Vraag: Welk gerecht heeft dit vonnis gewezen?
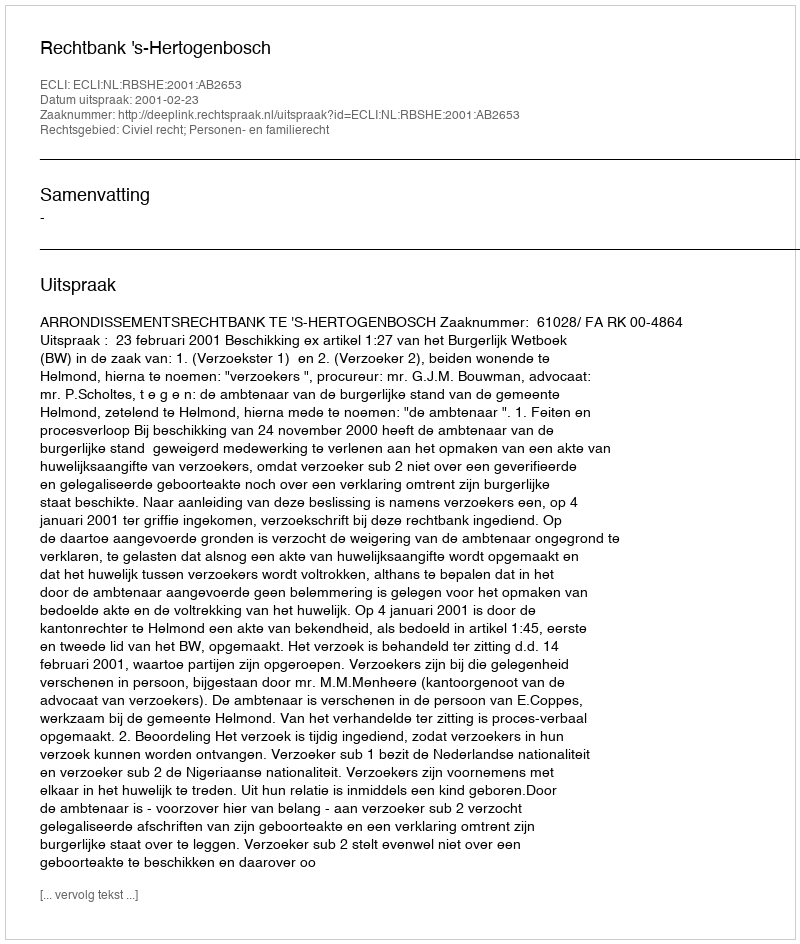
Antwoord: Rechtbank 's-Hertogenbosch